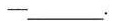
— ___.